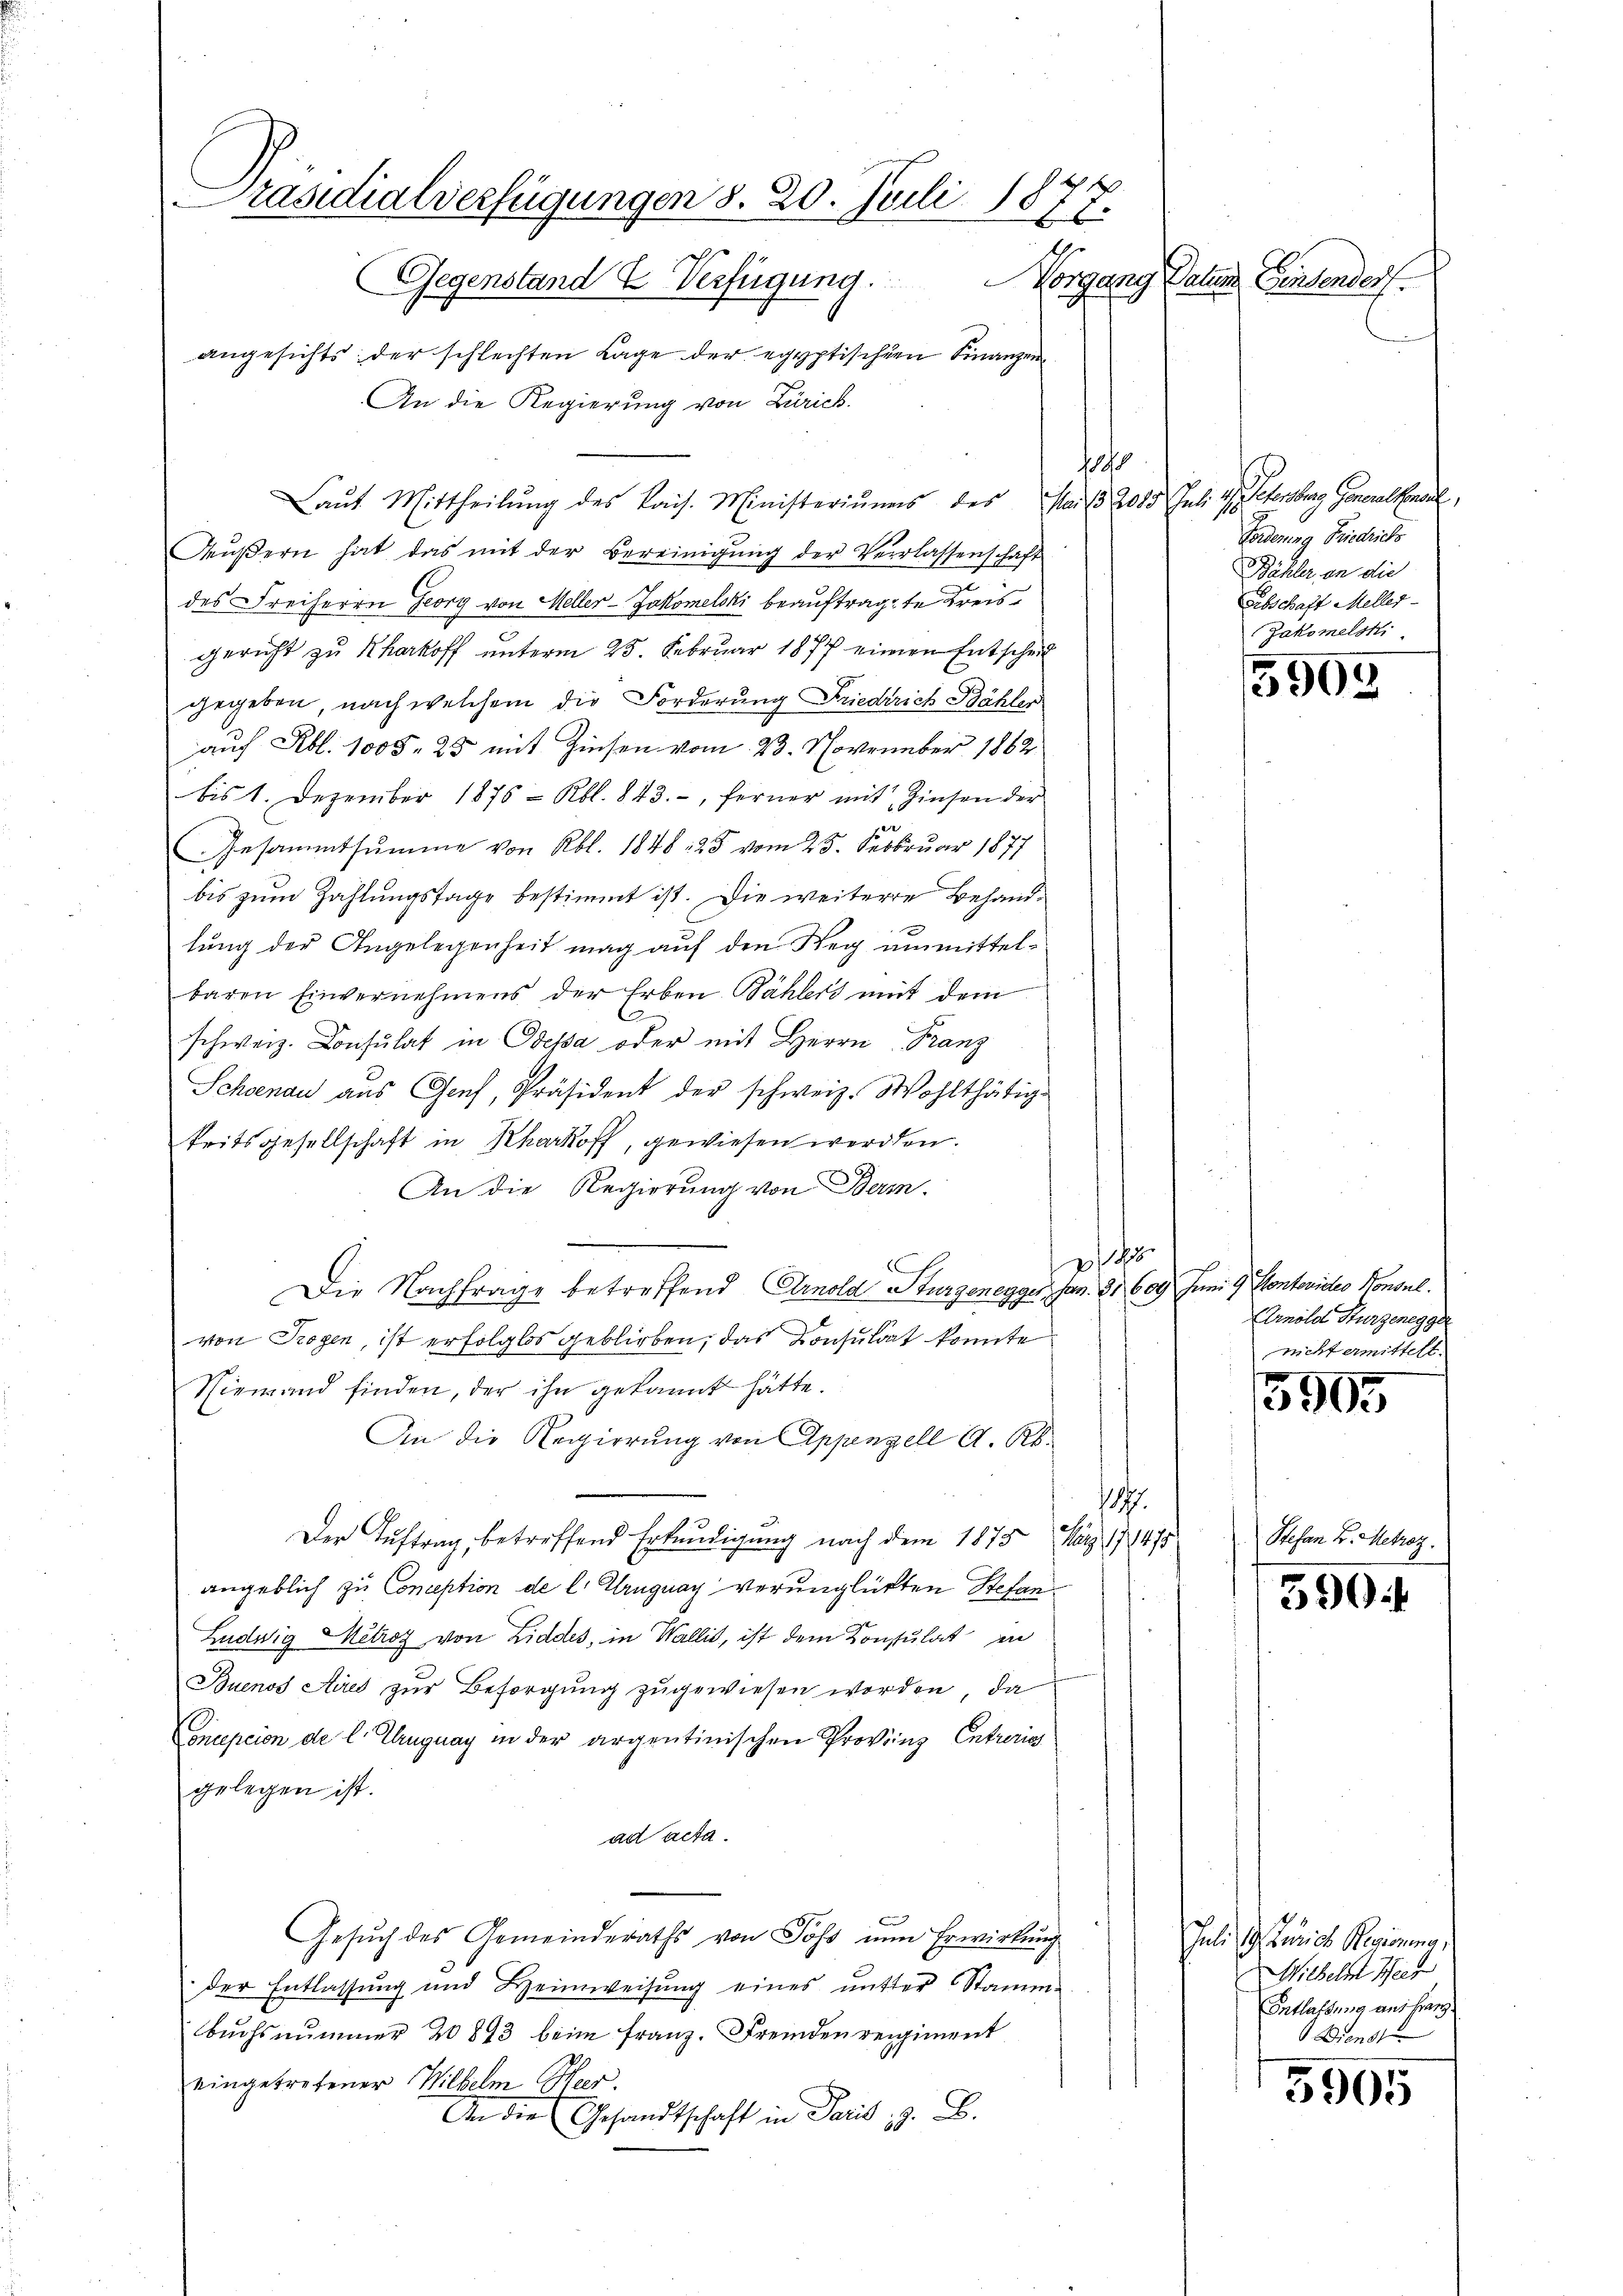
Präsidialverfügungen d. 20. Juli 1877.
Vorgang Datum Gendender
Gegenstand & Verfügung.

angesichts: der schlechten Lage der egyptischen Finanzen
An die Regierung von Zürich.
hof
Laŭt Mittheilŭng des kais. Ministeriums des Mai 1 2025 Jul. 1. Petersburg Generalkonsul
Mŭβern hat das mit der Bereinigŭng der Verlassenschaft
des Freiherrn Georg von Meller-Zakomelski beauftragte Kreisgericht zu herkoff unterm 25. Februar 1877 einen Entscheid
gegeben, nach welchem die Forderung Friedrich Bähler
auf Rbl. 1005. 25 mit Zinsen vom 23. November 1862
bis 1. Dezember 1876 - Rbl. 843., ferner mit Zinsen der
per
Gesammtsumme von Rbl. 1848 : 25 vom 25. Sebbruar 1877
bis zum Zahlungstage bestimmt ist. Die weitere Behandlung der Angelegenheit mag auf den Weg unmittelbaren Einvernehmens der Erben Bählers mit dem
e
schweiz. Consulat in Odessa oder mit Herrn Franz
Schoenau aus Genf, Präsident der schweiz. Wohlthätig
keitsgesellschaft in Rharkoff, gewiesen werden.
An die Regierung von Beri
 185
Die Nachfrage betreffend Arnold Sturzenegger, Jan. 31. 609 Juni 9 Pontovideo Konsul
von Trogen, ist erfolglos geblieben, das Consulat konnte.
Niemand finden, der ihn gekannt hätte.
An die Regierŭng von Appenzell A. R.
.
Der Auftrag, betreffend Erkundigung nach dem 1875. März 17475
angeblich zu Conception de l. Uruguay verunglükten Stefan¬
Ludwig Metrog von Liddes, in Wallis, ist dem Konsulat in
Buenos Aires zur Besorgŭng zugewiesen worden, da
Conception de l. Uruguay in der argentinischen Provinz Entreris
gelegen ist.
ad acta.
Gesŭch des Gemeinderaths von Poss nun Erwirkung
der Entlassung und Heimweisung eines mitter Stamm-
Buchsnummer 20 843 beim Franz. Fremden regiment
eingetretener Wilhelm Heer.
An die Gesandtschaft in Paris, z. B.

Forderung Friedrichs
Bähler, an die
Aabschaft Meller-
Zakomelsti

3905.

Arnold Hurzenegger
nicht ermittelt.

5905

Stefan B. Metroz.

590

Juli, 1. Junius Regierung,
Wilhelm Meer
Entlassung aus Franz
Dienst

5905